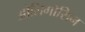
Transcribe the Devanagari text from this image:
ओलिगोसिन